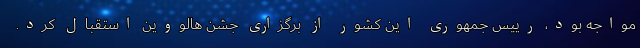
مواجه بود، رییس جمهوری این کشور از برگزاری جشن هالووین استقبال کرد.